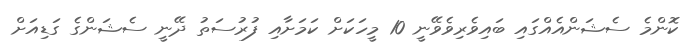
ކޮންމެ ސެޝަންއެއްގައި ބައިވެރިވެވޭނީ 10 މީހަކަށް ކަމަށާއި ފުރުސަތު ދޭނީ ސެޝަންގެ ގަޑިއަށް